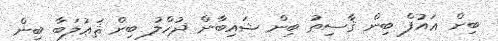
ބިން ޢައުފް ބިން ޤާސިޠު ބިން ޝައިބާން ޛުހްލު ބިން ޘަޢުލަބާ ބިން